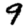
Digit: 9